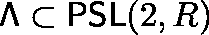
\mathsf { \Lambda } \subset \mathsf { P S L } ( 2 , \mathbb { R } )